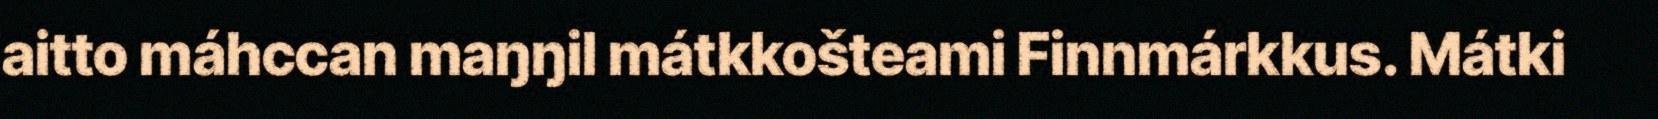
aitto máhccan maŋŋil mátkkošteami Finnmárkkus. Mátki